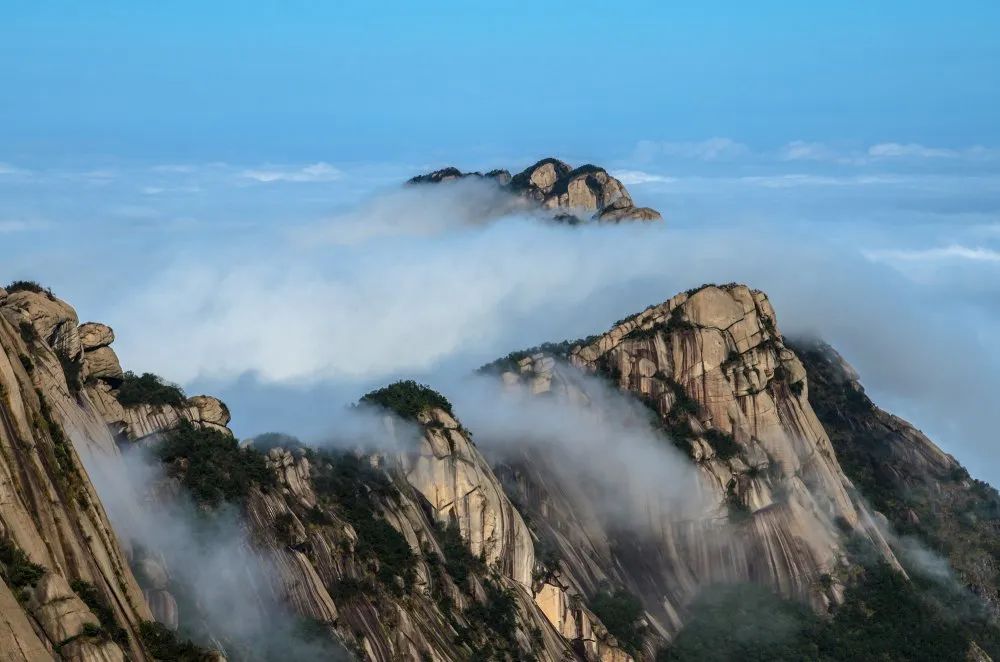
叠嶂西驰，万马回旋，众山欲东。